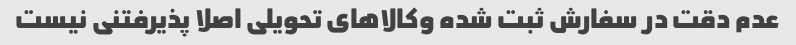
عدم دقت در سفارش ثبت شده وکالاهای تحویلی اصلا پذیرفتنی نیست